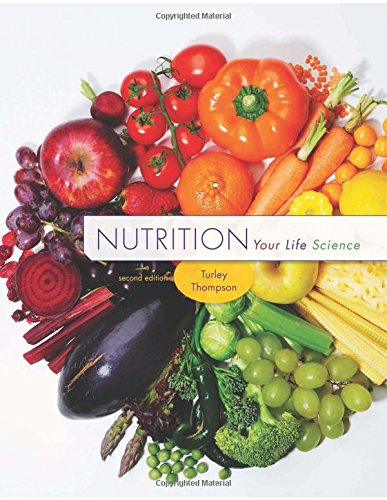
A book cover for Nutrition: Your Life Science; Jennifer Turley; Medical Books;